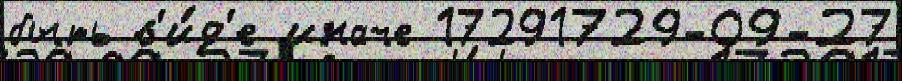
быть в'и́д'е иначе 17291729-09-27